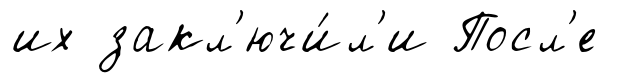
их закл'ючи́л'и Посл'е